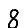
Digit: 8